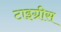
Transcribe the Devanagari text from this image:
टाइग्रीस